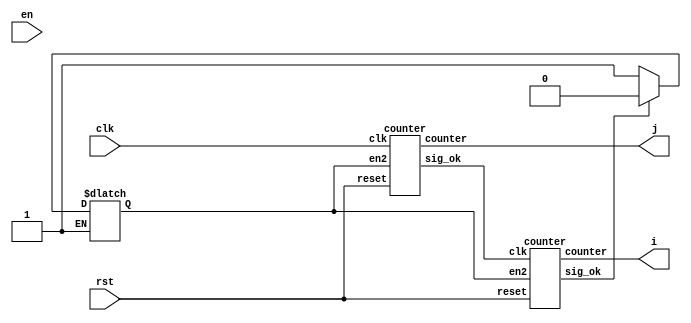
`timescale 1ns / 1ps
//////////////////////////////////////////////////////////////////////////////////
// Company: 
// Engineer: 
// 
// Design Name: 
// Module Name: counter
// Project Name: 
// Target Devices: 
// Tool Versions: 
// Description: 
// 
// Dependencies: 
// 
// Revision:
// Revision 0.01 - File Created
// Additional Comments:
// 
//////////////////////////////////////////////////////////////////////////////////


module control_counter(input clk, en, rst, output[3:0] i,j);

    wire sig_ok_1;
    wire sig_ok_2;
    reg sig_en;

    counter counter_j(
        .clk(clk),
        .reset(rst),
        .en2(sig_en),
        .counter(j),
        .sig_ok(sig_ok_1)
    );
    counter counter_i(
        .clk(sig_ok_1),
        .reset(rst),
        .en2(sig_en),
        .counter(i),
        .sig_ok(sig_ok_2)
    );

    always @(*)
    begin    
        if(sig_ok_2)
        begin
            sig_en <= 0;
        end
        else if(!sig_ok_2)
            sig_en <= 1;
        begin
        
        end
    end

endmodule



module counter(input clk, reset, en2, output[3:0] counter, output sig_ok);
    
    reg [3:0] counter_2;
    //reg en2;
    reg ok;
    
    initial
    begin
        ok = 0;
    end
    
    // up counter
    always @(posedge clk or posedge reset)
    begin
        if(reset)
        begin
            counter_2 <= 4'd0;
            ok <= 0;
        end
        else if(en2)
        begin
            counter_2 <= counter_2 + 4'd1;
            ok <= 0;
            if(counter_2 == 4'd2)
            begin
                counter_2 <= 0;
                ok <= 1; 
            end
        end
    end 
    assign counter = counter_2;
    assign sig_ok = ok;
endmodule